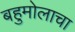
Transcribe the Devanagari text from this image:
बहुमोलाचा